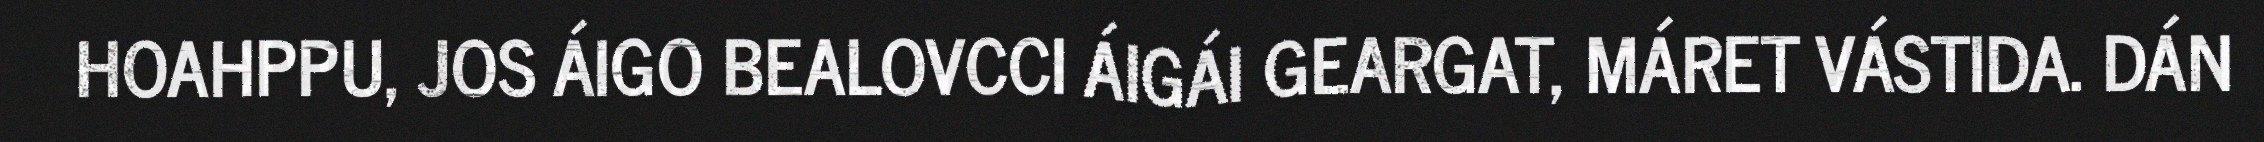
HOAHPPU, JOS ÁIGO BEALOVCCI ÁIGÁI GEARGAT, MÁRET VÁSTIDA. DÁN